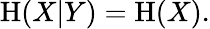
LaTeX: \mathrm{H}(X|Y)=\mathrm{H}(X).